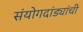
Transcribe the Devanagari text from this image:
संयोगदांड्यांची